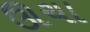
ઊચા